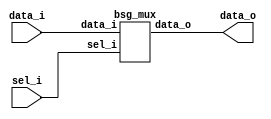
// This program was cloned from: https://github.com/chipsalliance/synlig
// License: Apache License 2.0



module top
(
  data_i,
  sel_i,
  data_o
);

  input [15:0] data_i;
  input [0:0] sel_i;
  output [15:0] data_o;

  bsg_mux
  wrapper
  (
    .data_i(data_i),
    .sel_i(sel_i),
    .data_o(data_o)
  );


endmodule



module bsg_mux
(
  data_i,
  sel_i,
  data_o
);

  input [15:0] data_i;
  input [0:0] sel_i;
  output [15:0] data_o;
  wire [15:0] data_o;
  assign data_o[15] = data_i[15];
  assign data_o[14] = data_i[14];
  assign data_o[13] = data_i[13];
  assign data_o[12] = data_i[12];
  assign data_o[11] = data_i[11];
  assign data_o[10] = data_i[10];
  assign data_o[9] = data_i[9];
  assign data_o[8] = data_i[8];
  assign data_o[7] = data_i[7];
  assign data_o[6] = data_i[6];
  assign data_o[5] = data_i[5];
  assign data_o[4] = data_i[4];
  assign data_o[3] = data_i[3];
  assign data_o[2] = data_i[2];
  assign data_o[1] = data_i[1];
  assign data_o[0] = data_i[0];

endmodule